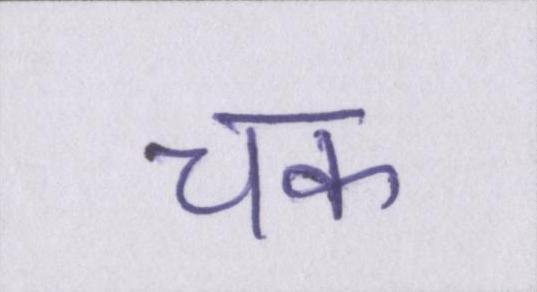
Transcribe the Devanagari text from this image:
चक